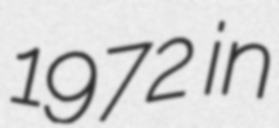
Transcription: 1972 in